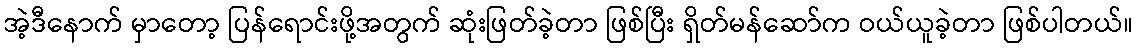
အဲ့ဒီနောက် မှာတော့ ပြန်ရောင်းဖို့အတွက် ဆုံးဖြတ်ခဲ့တာ ဖြစ်ပြီး ရှိတ်မန်ဆော်က ဝယ်ယူခဲ့တာ ဖြစ်ပါတယ်။